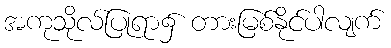
အကုသိုလ်ပြုရာ၌ တားမြစ်နိုင်ပါလျက်